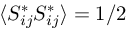
\langle S _ { i j } ^ { * } S _ { i j } ^ { * } \rangle = 1 / 2